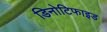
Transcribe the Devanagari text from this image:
डिनोटिफाइड